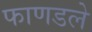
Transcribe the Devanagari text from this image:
फाणडले